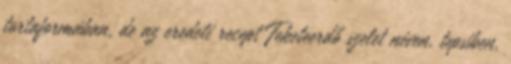
tortaformában, de az eredeti recept Feketeerdő szelet néven, tepsiben,